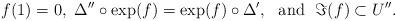
LaTeX: \begin{align*}f(1) = 0, \ \Delta'' \circ \exp(f) = \exp(f) \circ \Delta', \ \hbox { and } \ \Im(f) \subset U''.\end{align*}